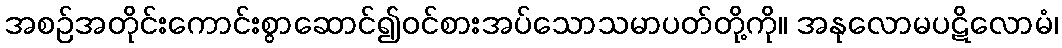
အစဉ်အတိုင်းကောင်းစွာဆောင်၍ဝင်စားအပ်သောသမာပတ်တို့ကို။ အနုလောမပဋိလောမံ၊